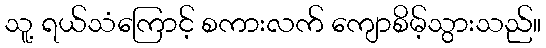
သူ့ ရယ်သံကြောင့် စကားလက် ကျောစိမ့်သွားသည်။